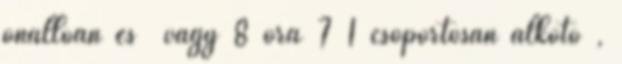
önállóan és vagy 8 óra 7 1 csoportosan alkotó ,